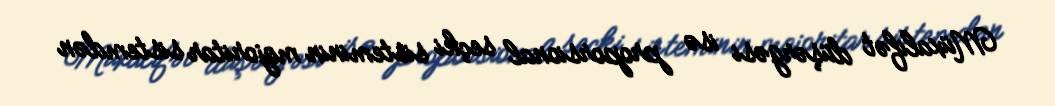
Müxalifət düşərgəsi isə proporsional seçki sisteminin majoritar sistemdən